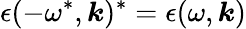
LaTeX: \epsilon(-\omega^{*},\boldsymbol{k})^{*}=\epsilon(\omega,\boldsymbol{k})